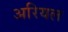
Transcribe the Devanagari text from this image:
अरियल